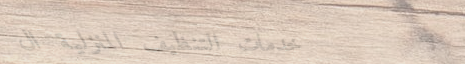
خدمات التنظيف المنزلية ال